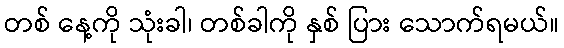
တစ် နေ့ကို သုံးခါ၊ တစ်ခါကို နှစ် ပြား သောက်ရမယ်။